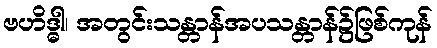
ဗဟိဒ္ဓါ၊ အတွင်းသန္တာန်အပသန္တာန်၌ဖြစ်ကုန်